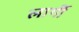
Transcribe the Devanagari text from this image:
लार्गी